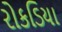
રોકડિયા